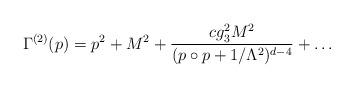
LaTeX: \begin{align*}\Gamma^{(2)}(p) = p^2 + M^2 + {c g_3^2 M^2 \over (p\circ p + 1/\Lambda^2)^{d-4}} + \ldots\end{align*}